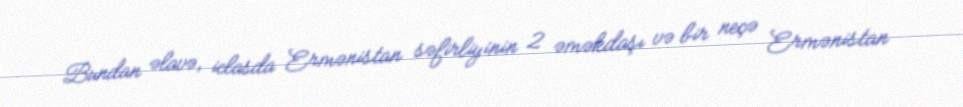
Bundan əlavə, iclasda Ermənistan səfirliyinin 2 əməkdaşı və bir neçə Ermənistan